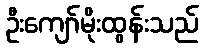
ဦးကျော်မိုးထွန်းသည်